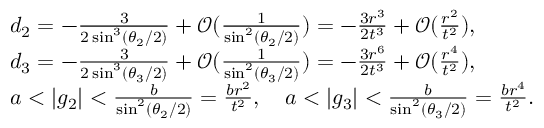
\begin{array} { r l } & { d _ { 2 } = - \frac { 3 } { 2 \sin ^ { 3 } ( \theta _ { 2 } / 2 ) } + \mathcal { O } ( \frac { 1 } { \sin ^ { 2 } ( \theta _ { 2 } / 2 ) } ) = - \frac { 3 r ^ { 3 } } { 2 t ^ { 3 } } + \mathcal { O } ( \frac { r ^ { 2 } } { t ^ { 2 } } ) , } \\ & { d _ { 3 } = - \frac { 3 } { 2 \sin ^ { 3 } ( \theta _ { 3 } / 2 ) } + \mathcal { O } ( \frac { 1 } { \sin ^ { 2 } ( \theta _ { 3 } / 2 ) } ) = - \frac { 3 r ^ { 6 } } { 2 t ^ { 3 } } + \mathcal { O } ( \frac { r ^ { 4 } } { t ^ { 2 } } ) , } \\ & { a < | g _ { 2 } | < \frac { b } { \sin ^ { 2 } ( \theta _ { 2 } / 2 ) } = \frac { b r ^ { 2 } } { t ^ { 2 } } , \quad a < | g _ { 3 } | < \frac { b } { \sin ^ { 2 } ( \theta _ { 3 } / 2 ) } = \frac { b r ^ { 4 } } { t ^ { 2 } } . } \end{array}